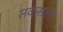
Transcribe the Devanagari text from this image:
सकसता